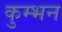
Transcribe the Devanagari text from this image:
कुम्भन